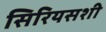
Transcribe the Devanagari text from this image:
सिरियसशी